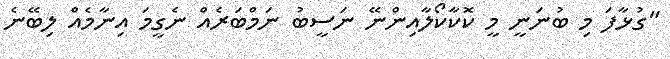
"ގުޅާފަ މި ބުނަނީ މީ ކޮކާކޯލާއިންނޭ ނަސީބު ނަމްބަރެއް ނެގީމަ އިނާމެއް ލިބޭނެ